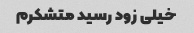
خیلی زود رسید متشکرم